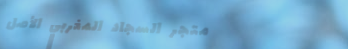
متجر السجاد المغربي الأصل